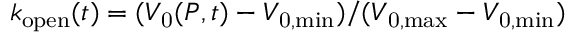
k _ { \mathrm { o p e n } } ( t ) = ( V _ { \mathrm { 0 } } ( P , t ) - V _ { \mathrm { 0 , m i n } } ) / ( V _ { \mathrm { 0 , m a x } } - V _ { \mathrm { 0 , m i n } } )